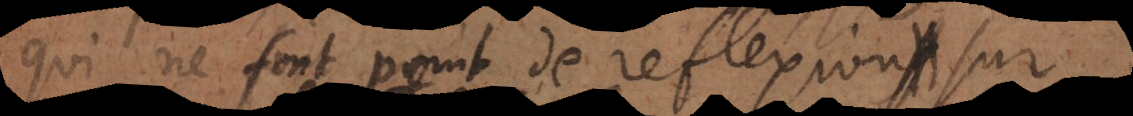
qui ne font point de reflexion sur